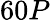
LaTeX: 60P